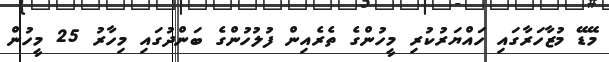
މޭޑޭ މުޒާހަރާގައި ހައްޔަރުކުރި މީހުންގެ ތެރެއިން ފުލުހުންގެ ބަންދުގައި މިހާރު 25 މީހުން